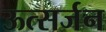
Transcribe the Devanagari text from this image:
ऊत्सर्जन